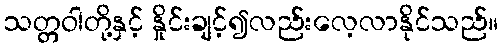
သတ္တဝါတို့နှင့် နှိုင်းချင့်၍လည်းလေ့လာနိုင်သည်။